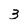
Character: 3